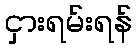
ငှားရမ်းရန်